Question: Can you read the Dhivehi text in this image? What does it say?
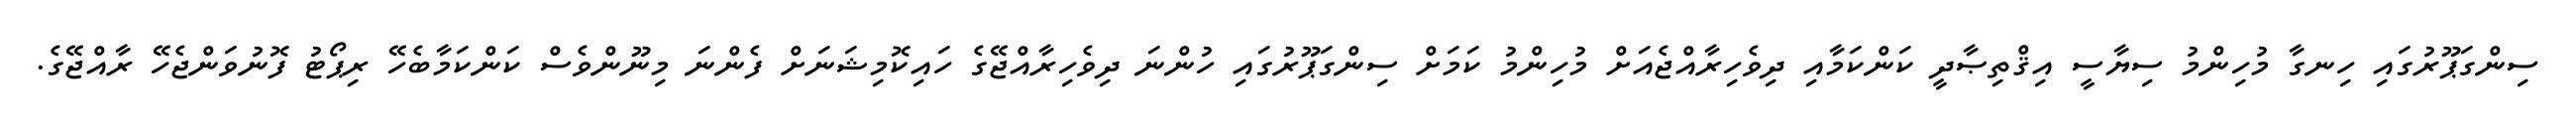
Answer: ސިންގަޕޫރުގައި ހިނގާ މުހިންމު ސިޔާސީ އިޤްތިޞާދީ ކަންކަމާއި ދިވެހިރާއްޖެއަށް މުހިންމު ކަމަށް ސިންގަޕޫރުގައި ހުންނަ ދިވެހިރާއްޖޭގެ ހައިކޮމިޝަނަށް ފެންނަ މިނޫންވެސް ކަންކަމާބެހޭ ރިޕޯޓު ފޮނުވަންޖެހޭ ރާއްޖޭގެ.